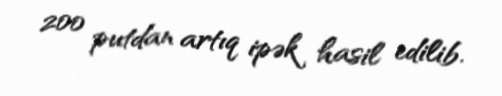
200 putdan artıq ipək hasil edilib.